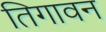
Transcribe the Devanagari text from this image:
तिगावन